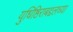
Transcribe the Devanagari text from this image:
युधिष्ठिराबद्दलच्या